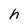
Character: h